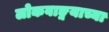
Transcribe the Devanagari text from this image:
लोकवाङ्मयाच्या